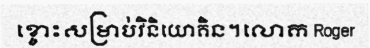
ខ្ចោះសម្រាប់វិនិយោគិន។លោក Roger